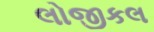
લોજીકલ